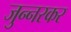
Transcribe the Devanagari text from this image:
जुन्‍नरकर